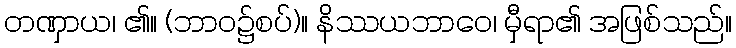
တဏှာယ၊ ၏။ (ဘာဝ၌စပ်)။ နိဿယဘာဝေ၊ မှီရာ၏ အဖြစ်သည်။